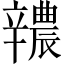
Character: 𨐺